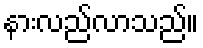
နားလည်လာသည်။